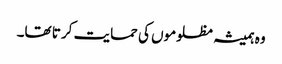
وہ ہمیشہ مظلوموں کی حمایت کر تا تھا۔